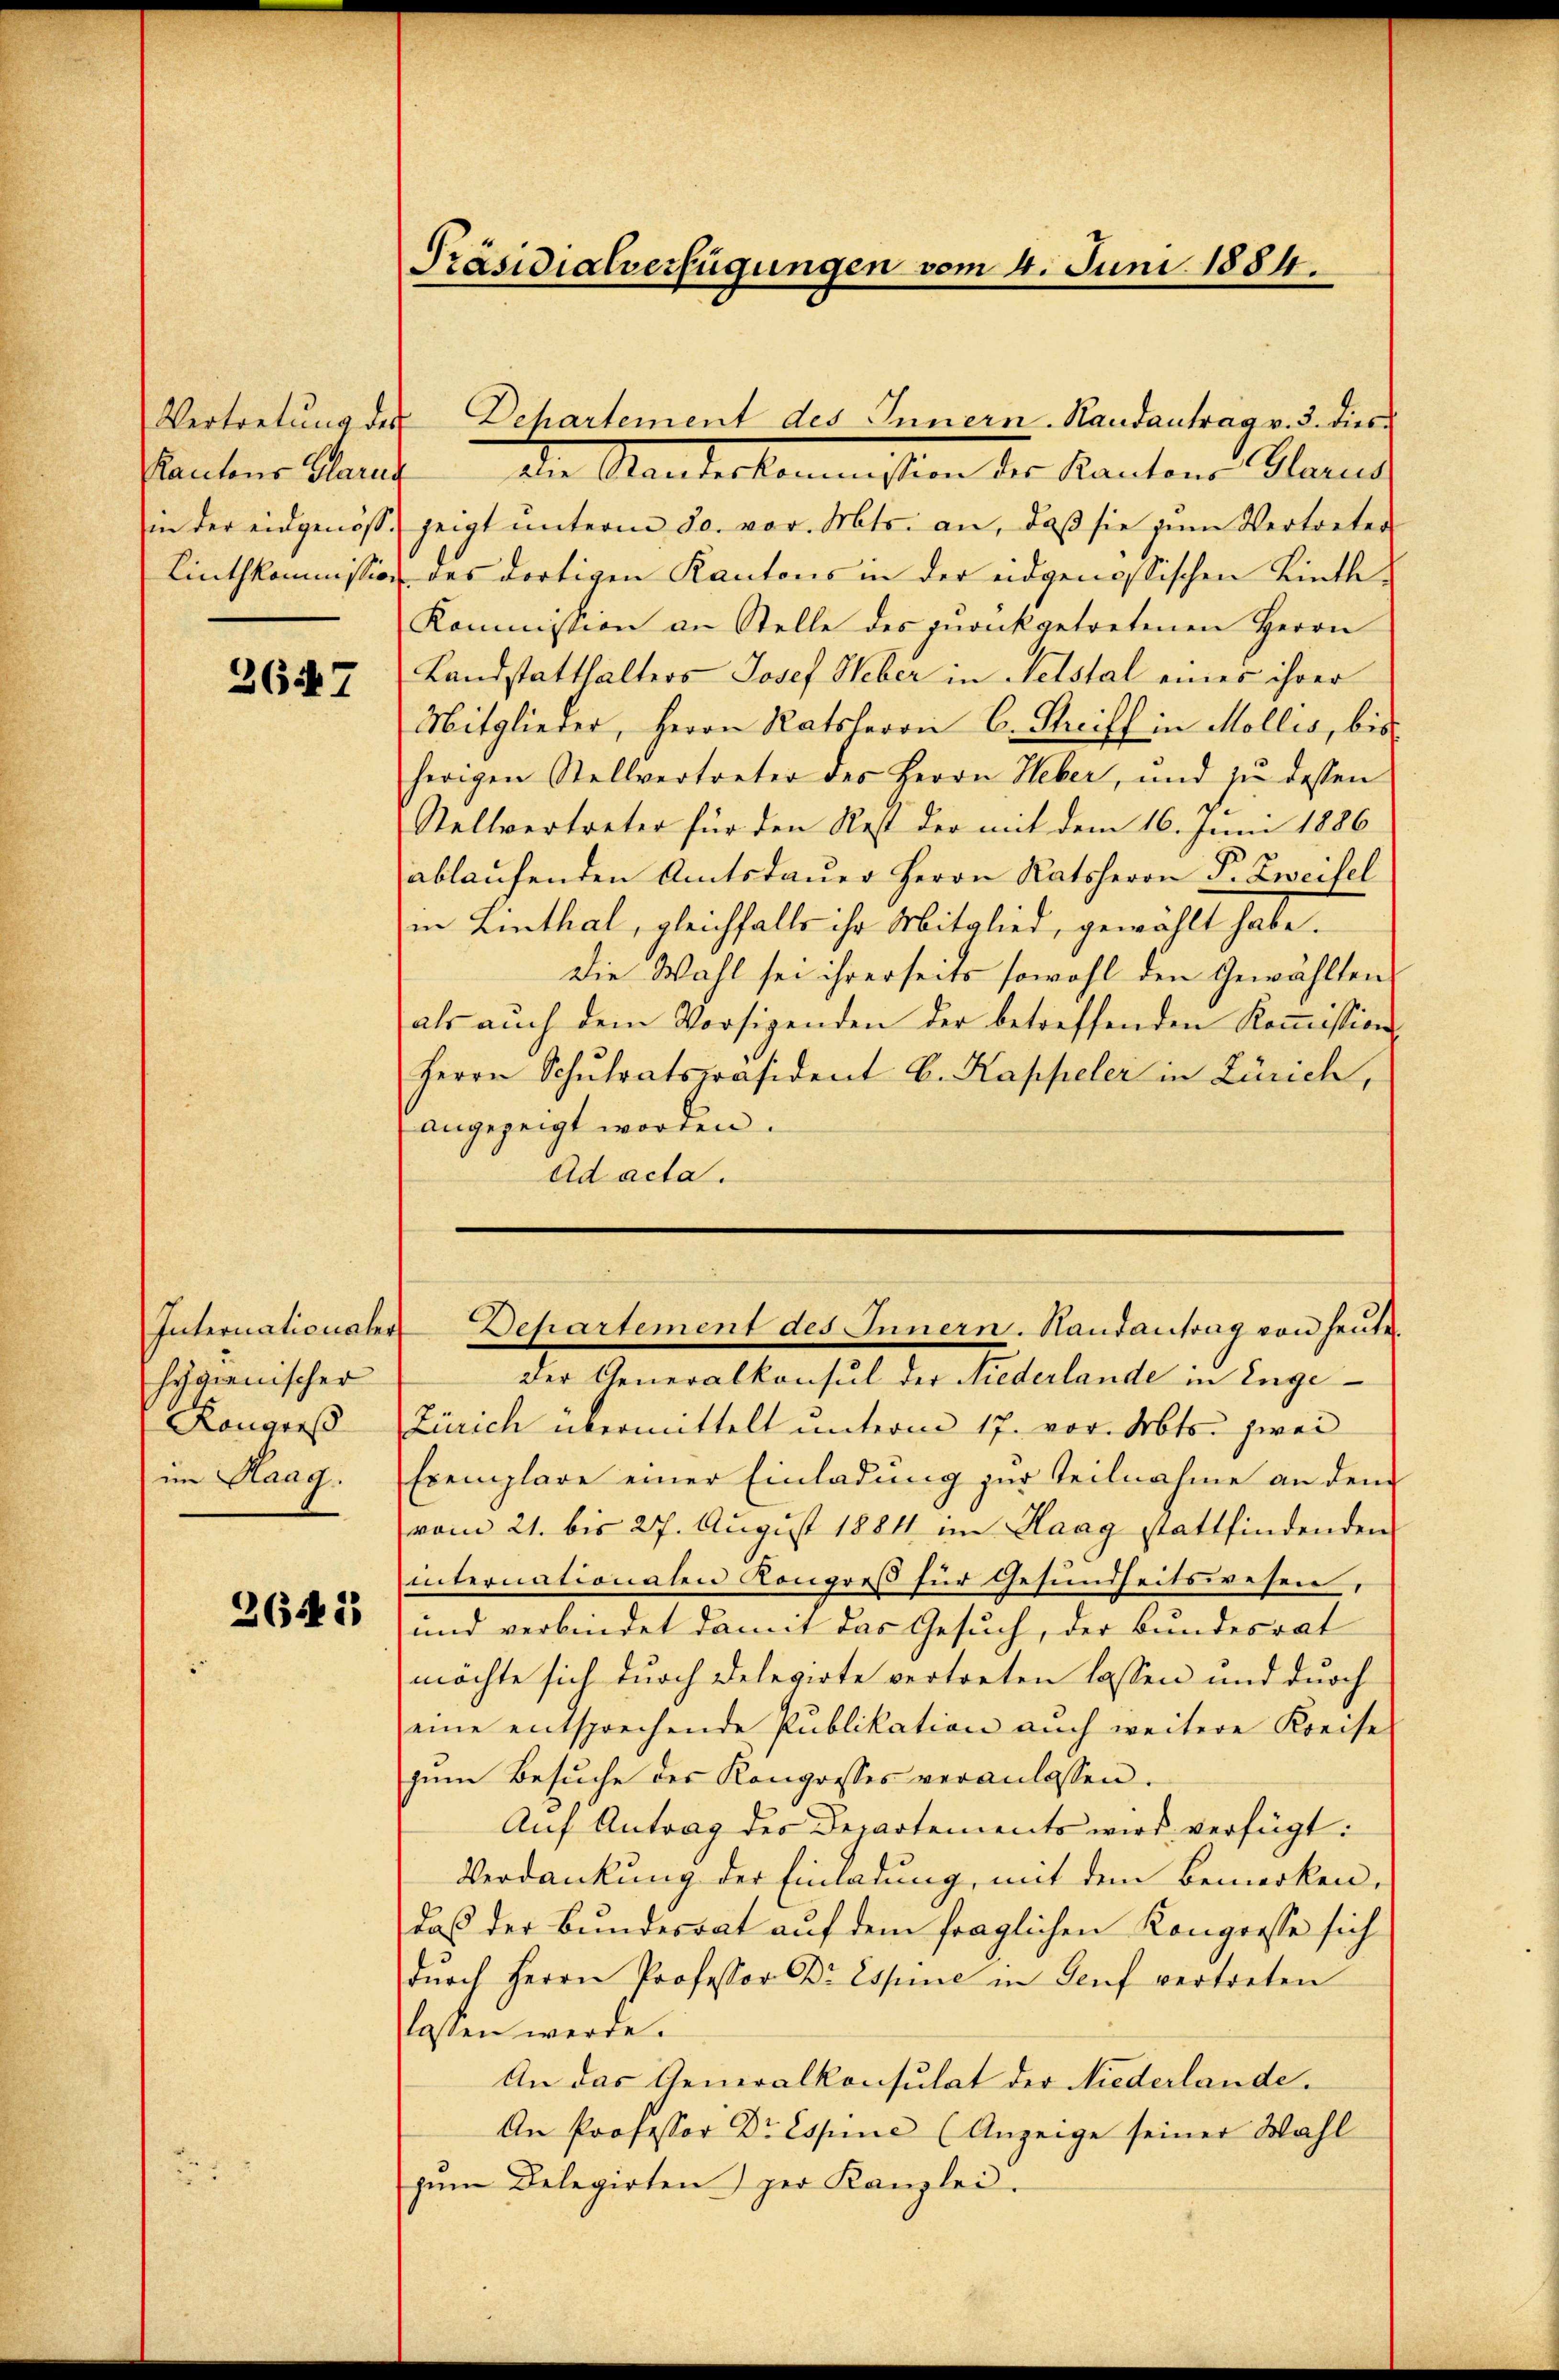
Rantons Glarus

2647

Internationales
hygienischer
Rangres
im Haag.

2641

Präsidialverfügungen vom 4. Juni 1884.

Den Manterkommission der Kantone Stand
in der eidgenoss zeigt ŭnterm 30. vor. Mts. an, daβ sie zŭm Vertreter
Linthkommission des dortigen Kantons in der eidgenössischen Linthe¬
Kommission an Stelle des zŭrükgetretenen Herrn
Landstatthalters Josef Heber in Netstal eines ihrer
Mitglieder, Herrn Ratsherrn C. Streiff in Mollis, bis
herigen Stellvertreter des Herrn Heber, und zŭ dessen
Stellvertreter für den Rest der mit dem 16. Juni 1886
ablaufenden Amtsdaŭer Herrn Ratsherrn P. Zweifel
in Linthal, gleichfalls ihr Mitglied, gewählt habe.
die Wahl sei ihrerseits sowohl den Gewählten
als auch dem Vorsigenden der betreffenden Kommissions¬
Herrn Schulratspräsident C. Kappeler in Zürich,
angezeigt worden.
Ad acta.

Vertretŭng des Dehartement des Innern Randantrag v. 3. dies

Departement des Innern. Randantrag von heŭte.

der Generalkonsul der Niederlande in Enge¬
Zürich übermittelt unterm 17. vor. Mts. zwei
Exemplare einer Einladŭng zur Teilnahme an dem
vom 21. bis 27. August 1881 im Haag stattfindenden
internationaten Kongreß für Gesundheitswesen,
und verbindet damit das Gesuch, der Bundesrat
möchte sich durch Delegirte vertreten lassen und durch
eine entsprechende Publikation auch weitere Kreise
zŭm Besŭche des Kongresses veranlassen.
Auf Antrag des Departements wird verfügt:
Verdankung der Einladung, mit dem Bemerken,
daß der Bundesrat auf dem fraglichen Kongresse sich
dŭrch Herrn Professor Dr Espine in Genf vertreten
lassen werde.
An das Generalkonsulat der Niederlande.
An Professor Dr Espine (Anzeige seiner Wahl
zŭm Belegirten) per Kanzlei.